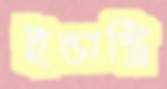
ইন্ডাস্ট্রি